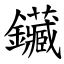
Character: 鑶